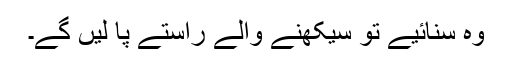
وہ سنائیے تو سیکھنے والے راستے پا لیں گے۔